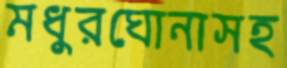
মধুরঘোনাসহ